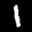
Label: 1